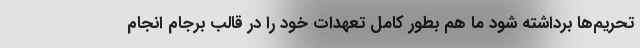
تحریم‌ها برداشته شود ما هم بطور کامل تعهدات خود را در قالب برجام انجام